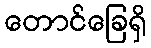
တောင်ခြေရှိ